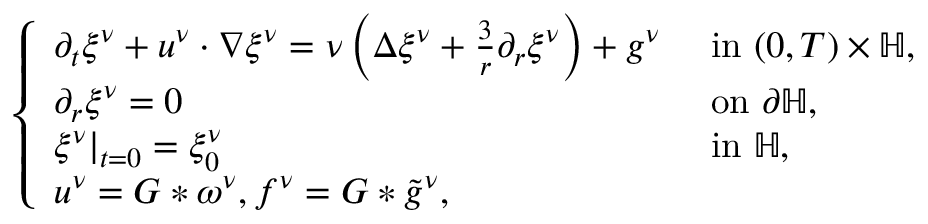
\begin{array} { r } { \left\{ \begin{array} { l l } { \partial _ { t } \xi ^ { \nu } + u ^ { \nu } \cdot \nabla \xi ^ { \nu } = \nu \left( \Delta \xi ^ { \nu } + \frac { 3 } { r } \partial _ { r } \xi ^ { \nu } \right) + g ^ { \nu } } & { \mathrm { ~ i n ~ } ( 0 , T ) \times \mathbb { H } , } \\ { \partial _ { r } \xi ^ { \nu } = 0 } & { \mathrm { ~ o n ~ } \partial \mathbb { H } , } \\ { \xi ^ { \nu } | _ { t = 0 } = \xi _ { 0 } ^ { \nu } } & { \mathrm { ~ i n ~ } \mathbb { H } , } \\ { u ^ { \nu } = G \ast \omega ^ { \nu } , f ^ { \nu } = G \ast \tilde { g } ^ { \nu } , } \end{array} \right. } \end{array}